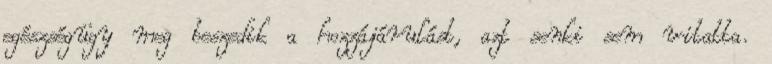
egészségügy meg beszedik a hozzájárulást, azt senki sem vitatta.